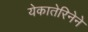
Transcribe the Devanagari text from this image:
येकातेरिनेने